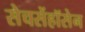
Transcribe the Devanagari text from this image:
सेचसेंहॉसेन